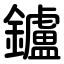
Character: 鑪